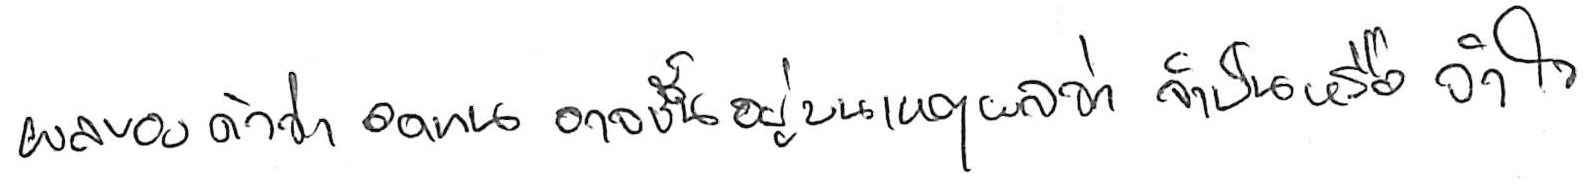
ผลของคำว่า อดทน อาจขึ้นอยู่บนเหตุผลว่า จำเป็น หรือ จำใจ